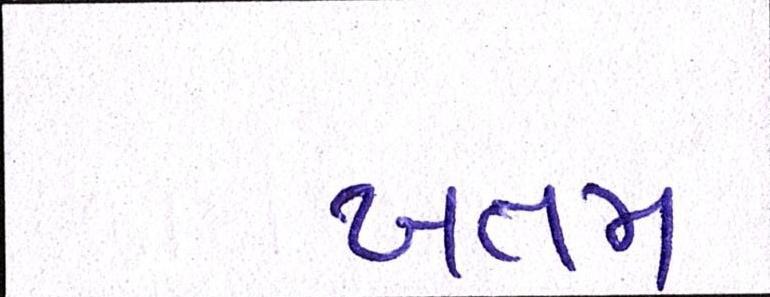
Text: ખતમ